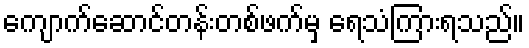
ကျောက်ဆောင်တန်းတစ်ဖက်မှ ရေသံကြားရသည်။